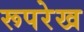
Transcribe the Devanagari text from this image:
रूपरेख